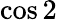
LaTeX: \cos 2